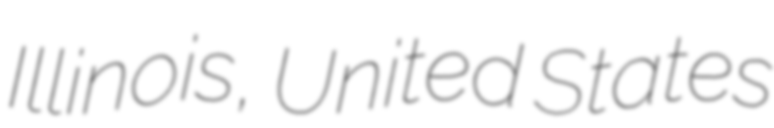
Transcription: Illinois, United States